Civil Veterinary Dept. Bombay admin report 1923-31 - 1923-1931
Year: 1923
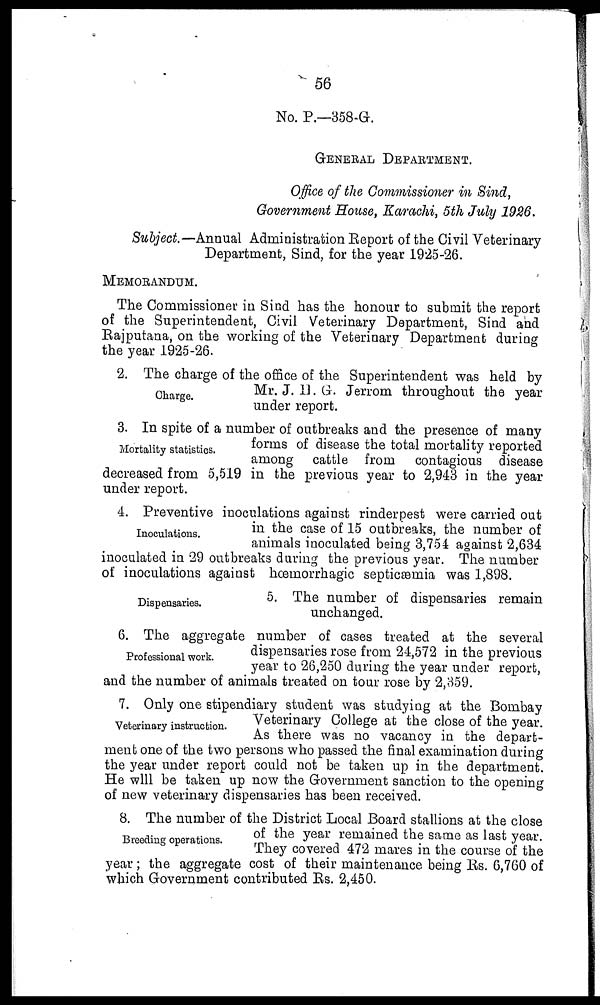
56
No. P.—358-G.
GENERAL DEPARTMENT.
Office of the Commissioner in Sind,
Government House, Karachi, 5th July 1926.
Subject.—Annual Administration Report of the Civil Veterinary
Department, Sind, for the year 1925-26.
MEMORANDUM.
The Commissioner in Sind has the honour to submit the report
of the Superintendent, Civil Veterinary Department, Sind and
Rajputana, on the working of the Veterinary Department during
the year 1925-26.
Charge.
2. The charge of the office of the Superintendent was held by
Mr. J. H. G. Jerrom throughout the year
under report.
Mortality statistics.
3. In spite of a number of outbreaks and the presence of many
forms of disease the total mortality reported
among cattle from
contagious disease
decreased from 5,519 in the previous year to 2,943 in the year
under report.
Inoculations.
4. Preventive inoculations against rinderpest were carried out
in the case of 15 outbreaks, the number of
animals inoculated being 3,754 against 2,634
inoculated in 29 outbreaks during the previous year. The number
of inoculations against hæmorrhagic septicæmia was 1,898.
Dispensaries.
5. The number of dispensaries remain
unchanged.
Professional work.
6. The aggregate number of cases treated at the several
dispensaries rose from 24,572 in the previous
year to 26,250 during the year under report,
and the number of animals treated on tour rose by 2,359.
Veterinary instruction.
7. Only one stipendiary student was studying at the Bombay
Veterinary College at the close of the year.
As there was no vacancy in the depart-
ment one of the two persons who passed the final examination during
the year under report could not be taken up in the department.
He will be taken up now the Government sanction to the opening
of new veterinary dispensaries has been received.
Breeding operations.
8. The number of the District Local Board stallions at the close
of the year remained the same as last year.
They covered 472 mares in the course of the
year; the aggregate cost of their maintenance being Rs. 6,760 of
which Government contributed Rs. 2,450.